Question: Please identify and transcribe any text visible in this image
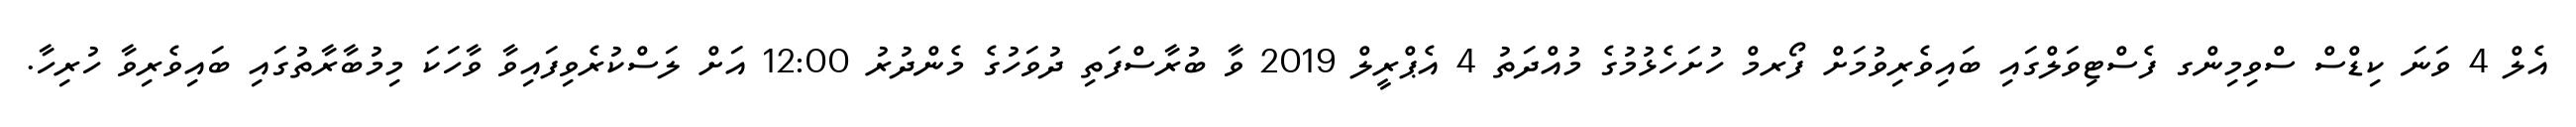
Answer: އެލް 4 ވަނަ ކިޑްސް ސްވިމިންގ ފެސްޓިވަލްގައި ބައިވެރިވުމަށް ފޯރމް ހުށަހެޅުމުގެ މުއްދަތު 4 އެޕްރީލް 2019 ވާ ބުރާސްފަތި ދުވަހުގެ މެންދުރު 12:00 އަށް ލަސްކުރެވިފައިވާ ވާހަކަ މިމުބާރާތުގައި ބައިވެރިވާ ހުރިހާ.